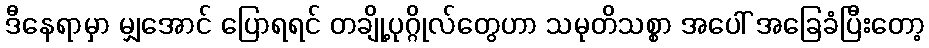
ဒီနေရာမှာ မျှအောင် ပြောရရင် တချို့ပုဂ္ဂိုလ်တွေဟာ သမုတိသစ္စာ အပေါ် အခြေခံပြီးတော့